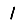
Digit: 1